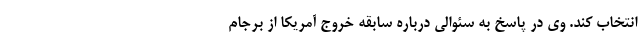
انتخاب کند. وی در پاسخ به سئوالی درباره سابقه خروج آمریکا از برجام